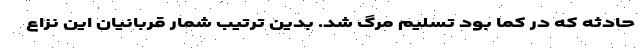
حادثه که در کما بود تسلیم مرگ شد. بدین ترتیب شمار قربانیان این نزاع